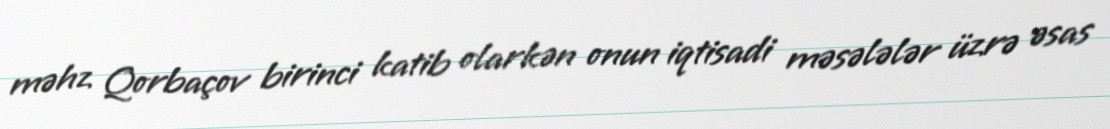
məhz Qorbaçov birinci katib olarkən onun iqtisadi məsələlər üzrə əsas